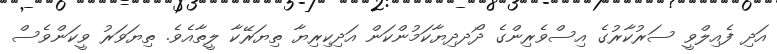
އަދި ފެއިލްވީ ސަރުކާރުގެ އިސްވެރިންގެ ދޯދދިޔާކަމުންކަން އަދިކިރިޔާ ތިޔަރޭކާ ލީތާއެވެ. ތިޔަވަރު ވީކަންވެސް